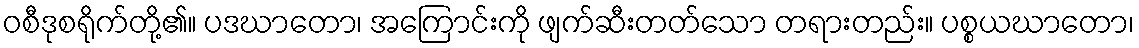
ဝစီဒုစရိုက်တို့၏။ ပဒဃာတော၊ အကြောင်းကို ဖျက်ဆီးတတ်သော တရားတည်း။ ပစ္စယဃာတော၊